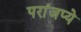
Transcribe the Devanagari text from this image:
परांजप्ये